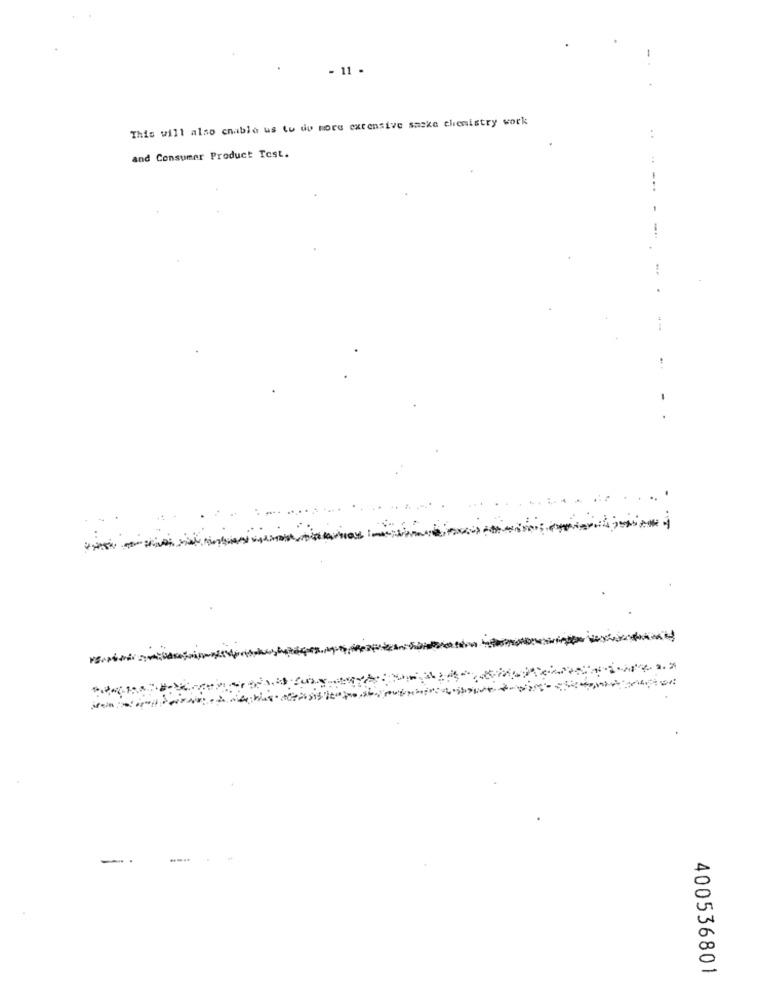
-
- 11 .
This will also cnable us tu du more extensive saske chemistry work
:
and Consumer Product Test.
-..
--
---
-
400536801